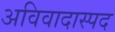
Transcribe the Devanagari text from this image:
अविवादास्पद